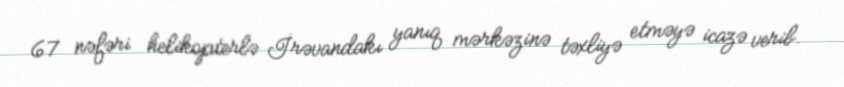
67 nəfəri helikopterlə İrəvandakı yanıq mərkəzinə təxliyə etməyə icazə verib.